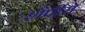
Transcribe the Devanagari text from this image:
शैपीरो